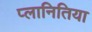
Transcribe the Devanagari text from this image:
प्लानितिया